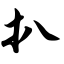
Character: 扒